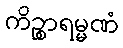
ကိဉ္စာရမ္မဏံ